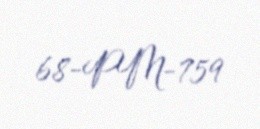
68-PM-759